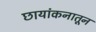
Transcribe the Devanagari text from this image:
छायांकनातून